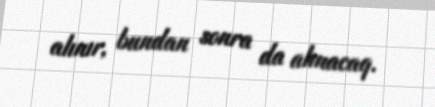
alınır, bundan sonra da alınacaq.